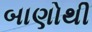
બાણોથી